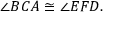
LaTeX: \angle B C A \cong \angle E F D .